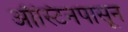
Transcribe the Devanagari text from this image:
ऑस्टिनपासून